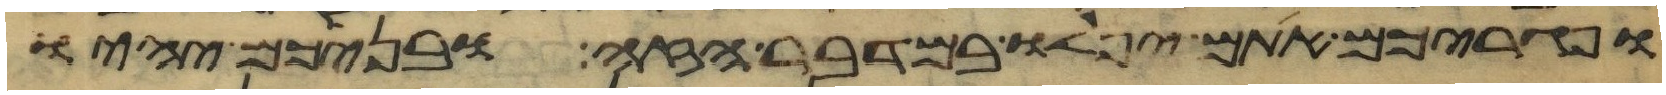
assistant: ופגריכם אתם יפלו במדבר הזה ובניכם יהיו